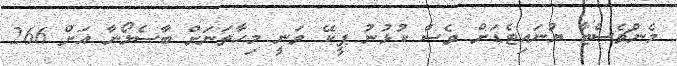
މެންޗެސްޓާ ޔުނައިޓެޑަށް ވެސް ކުޅުނު ޕީކޭ ވަނީ މިހާތަނަށް ބާސެލޯނާ އަށް 266